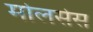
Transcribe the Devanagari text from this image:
मोलसेस